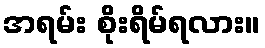
အရမ်း စိုးရိမ်ရလား။